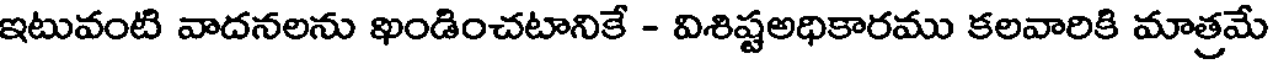
ఇటువంటి వాదనలను ఖండించటానికే - విశిష్టఅధికారము కలవారికి మాత్రమే